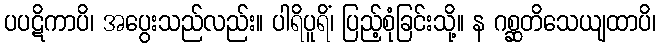
ပပဋိကာပိ၊ အပွေးသည်လည်း။ ပါရိပူရိံ၊ ပြည့်စုံခြင်းသို့။ န ဂစ္ဆတိသေယျထာပိ၊